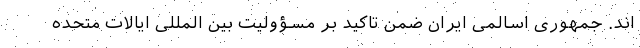
اند. جمهوری اسالمی ایران ضمن تاکید بر مسؤولیت بین المللی ایالات متحده